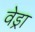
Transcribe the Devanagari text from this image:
वेड्रा